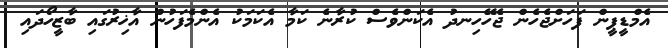
އެމްޑީޕީން ފަހަށްޖެހެން ޖެހޭހިނދު އެކަންވެސް ކުރާނެ ކަމާ އެކަމަކު އެންމެފަހުން އާޚިރުގައި ބާޒީހޯދައި